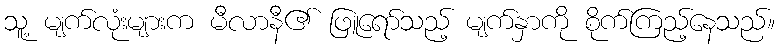
သူ့ မျက်လုံးများက မီလာနီ၏ ဖြူရော်သည့် မျက်နှာကို စိုက်ကြည့်နေသည်။